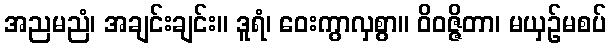
အညမညံ၊ အချင်းချင်း။ ဒူရံ၊ ဝေးကွာလှစွာ။ ဝိဝဇ္ဇိတာ၊ မယှဉ်မစပ်